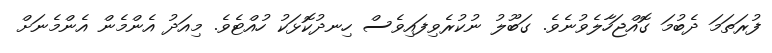
ފުރަތަމަ ދެބުމަ ގޮއްޖަހާލެވުނެވެ. ގަބޫލު ނުކުރެވިފައިވެސް ހިނދުކޮޅަކު ހުއްޓެވެ. މިއަދު އެންމެން އެންމެނަށް